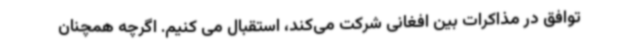
توافق در مذاکرات بین افغانی شرکت می‌کند، استقبال می کنیم. اگرچه همچنان